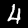
Digit: 4